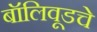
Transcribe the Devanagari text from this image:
बॉलिवूडचे